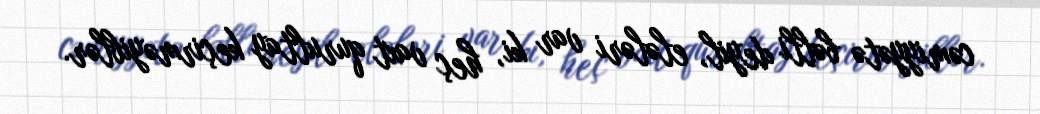
cəmiyyətə bəlli deyil, elələri var ki, heç vaxt qurultay keçirməyiblər.